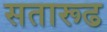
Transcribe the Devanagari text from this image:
सतारूढ